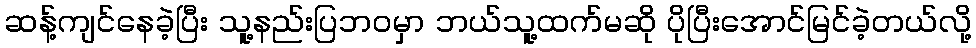
ဆန့်ကျင်နေခဲ့ပြီး သူ့နည်းပြဘဝမှာ ဘယ်သူ့ထက်မဆို ပိုပြီးအောင်မြင်ခဲ့တယ်လို့